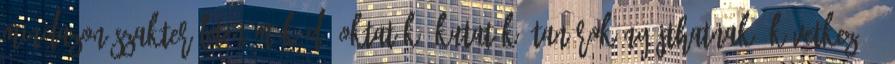
mindazon szakterületen működő oktatók, kutatók, tanárok nyújthatnak. Következő ›